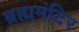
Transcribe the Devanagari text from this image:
ब्रह्ममंदिर